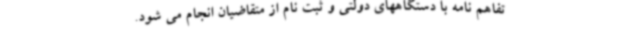
تفاهم نامه با دستگاههای دولتی و ثبت نام از متقاضیان انجام می شود.